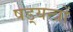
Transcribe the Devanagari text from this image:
षड़्यन्त्रों